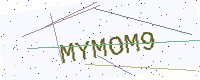
Text: MYMOM9